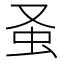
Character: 𧈡